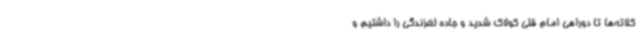
کلاته‌ها تا دوراهی امام قلی کولاک شدید و جاده لغزندگی را داشتیم و